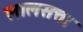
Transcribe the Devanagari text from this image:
लालसत्ता